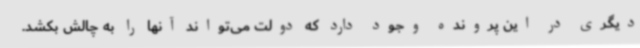
دیگری در این پرونده وجود دارد که دولت می‌تواند آنها را به چالش بکشد.